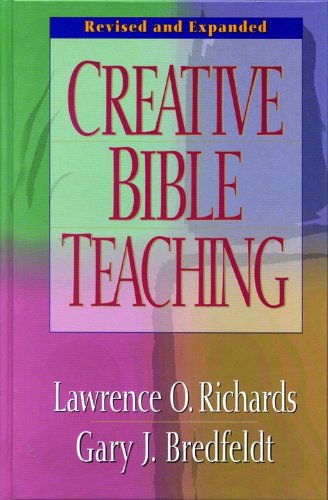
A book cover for Creative Bible Teaching; Lawrence O. Richards; Christian Books & Bibles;